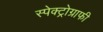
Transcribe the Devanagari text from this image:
स्पेक्ट्रोग्राफी